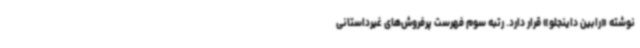
نوشته «رابین داینجلو» قرار دارد. رتبه سوم فهرست پرفروش‌های غیرداستانی